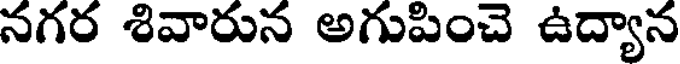
నగర శివారున అగుపించె ఉద్యాన